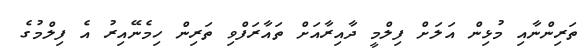
ތަރިންނާއި މުޅިން އަލަށް ފިލްމީ ދާއިރާއަށް ތައާރަފްވި ތަރިން ހިމެނޭއިރު އެ ފިލްމުގެ